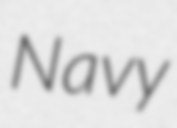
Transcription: Navy